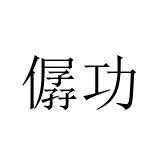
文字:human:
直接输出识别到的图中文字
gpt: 僝功